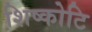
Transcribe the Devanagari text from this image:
शिष्कोटि